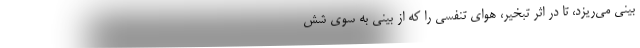
بینی می‌ریزد، تا در اثر تبخیر، هوای تنفسی را که از بینی به سوی شش